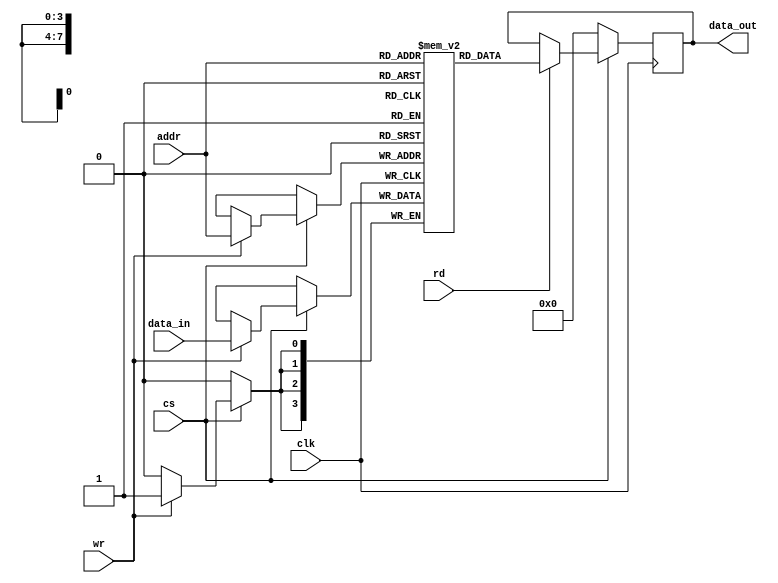
module Dualport_RAM(clk,cs,wr,rd,addr,data_in,data_out);
input clk,cs,wr,rd;
input[3:0] data_in;  
input [7:0] addr; 
output reg[3:0]data_out;  
reg [3:0] mem[255:0]; 

always@(posedge clk)
begin
if(~cs)
data_out <= 4'b0000;
else
begin 
if(wr)
mem[addr] <= data_in;
if(rd)
data_out <= mem[addr];
end
end
endmodule